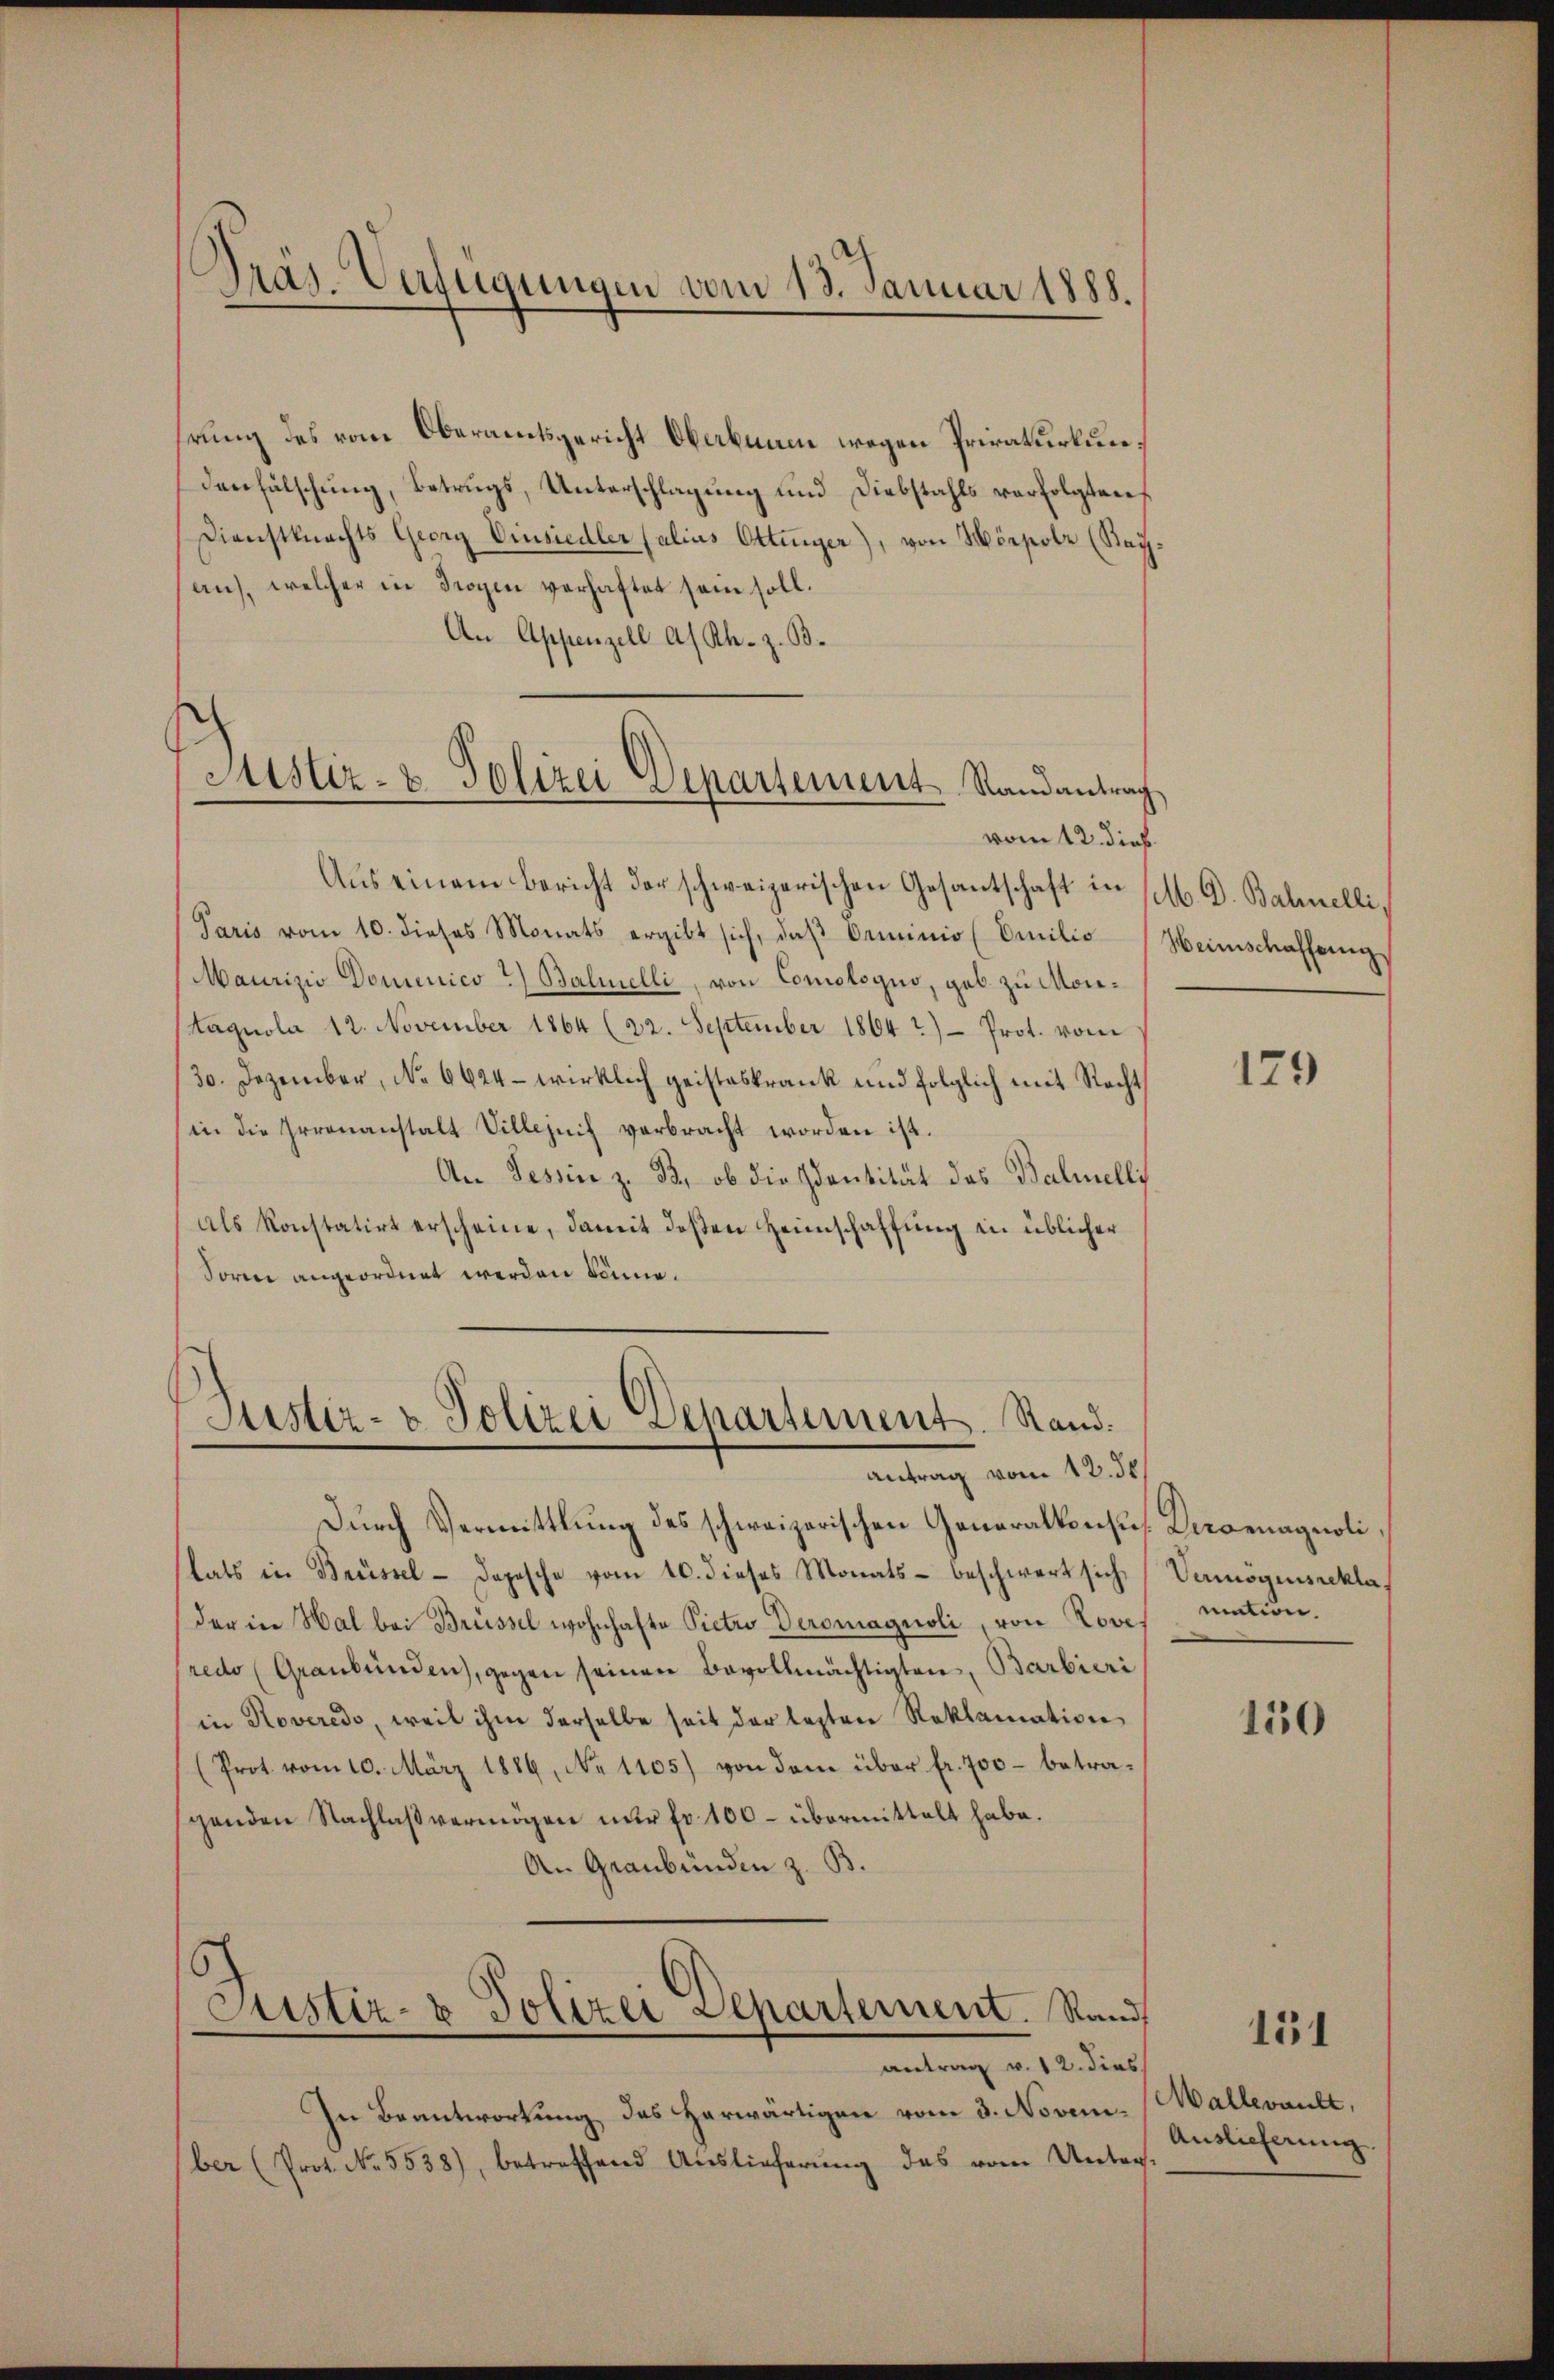
hrung des vom Oberamtsgericht Oberbanne wegen Privaturkundenfälschung, Betrugs, Unterschlagung und Diebstahls verfolgten
Dienstknechts Georg Einsiedler (alius Ottenger), von Hörpolz (Rayau), welcher in Trogen verhaftet sein soll.
An Appenzell a/Rh. z. B.
Justiz- & Polizei Departement Randantrag

Dräs-Verfügungen vom 13. Januar 1888.

Justiz- & Polizei Departement. Stand.
Antrag vom 12. de

Maurizio Domenico 2) Balinelli, von Comologuo, geb. zu Mon¬
Lagnola 12. November 1864 (22. September 1864) Prot. vom
30. Dezember, No 6624 - wirklich geisteskrank und folglich mit Recht
(in die Irrenanstalt Villezuch verbracht worden ist.
An Tessin z. B., ob die Sentität das Balmelli
als konstatirt erscheine, damit deßen Heimschaffung in üblicher
Forin angeordnet werden könne.

vom 12. dieß.
Aus einem Bericht der schweizerischen Gesantschaft in so. D. Bahnelli,
Paris vom 10. dieses Monats ergibt sich, daβ Omminio (Emilie Heimschaffung

Durch Vermittlung des schweizerischen Generalkonsus. Deroenagnolistats in Brüssel - Dopesche vom 10. dieses Monats- beschwert sich
der in Hal bei Brüssel wohnhafte Pietro Deromagnoli, von Roves
redo (Graubünden, gegen seinen Bevollmächtigten, Barbieri
in Roveredo, weil ihm derselbe seit der lezten Reklamation
(Prot. vom 10. März 1886, No 1105) von dem über fr. 700 – betragenden Nachlaβ vermögen nur fr. 100- übermittelt habe.
An Graubünden z. B.

Justiz- & Polizei Departement. Stand
antrag v. 12. dies

In Beantwortung des herwärtigen vom 3. Novem- (Wallerault,
ber (Prot. No. 5538), betreffend Auslieferŭng des vom Unter-

179

Vermögensrekla
mation.

150

151

Auslieferung